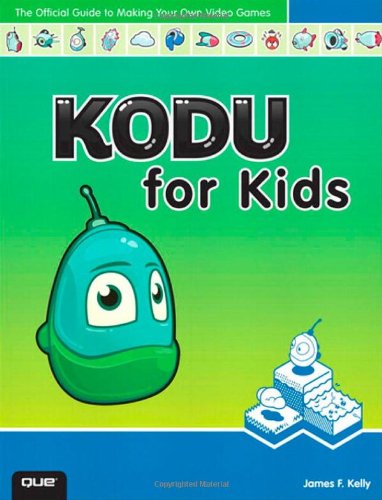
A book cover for Kodu for Kids: The Official Guide to Creating Your Own Video Games; James Floyd Kelly; Computers & Technology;